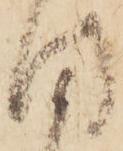
目